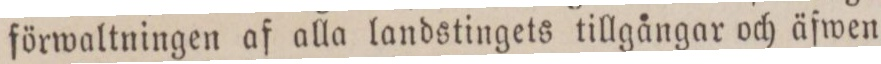
förwaltningen af alla landstingets tillgångar och äfwen